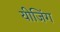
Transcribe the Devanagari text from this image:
यीजिंग